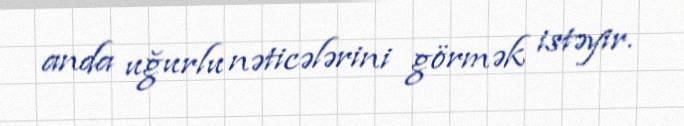
anda uğurlu nəticələrini görmək istəyir.